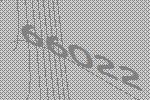
66022